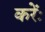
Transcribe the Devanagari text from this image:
करेंः